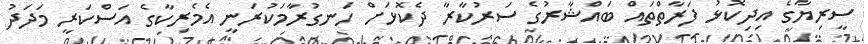
ސީރިޔާގެ އިދިކޮޅު ފަރާތްތައް ބައްޝާރުގެ ސަރުކާރާ ދެކޮޅަށް ހަނގުރާމަކުރަނީ އެމެރިކާގެ އަސްކަރީ މަދަދު